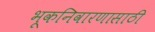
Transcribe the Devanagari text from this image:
भूकनिवारणासाठी